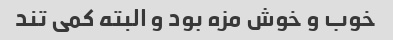
خوب و خوش مزه بود و البته کمی تند